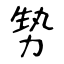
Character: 㔟